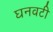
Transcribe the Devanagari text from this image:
घनवटी